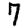
Digit: 7